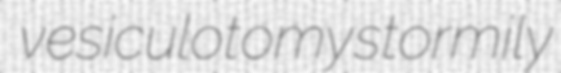
vesiculotomy stormily